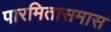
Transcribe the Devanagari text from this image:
पारमितासमास